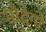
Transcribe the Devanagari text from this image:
मोद्रेगो